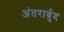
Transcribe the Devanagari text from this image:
अंतरार्बुद